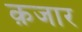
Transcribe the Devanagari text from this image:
क़जार